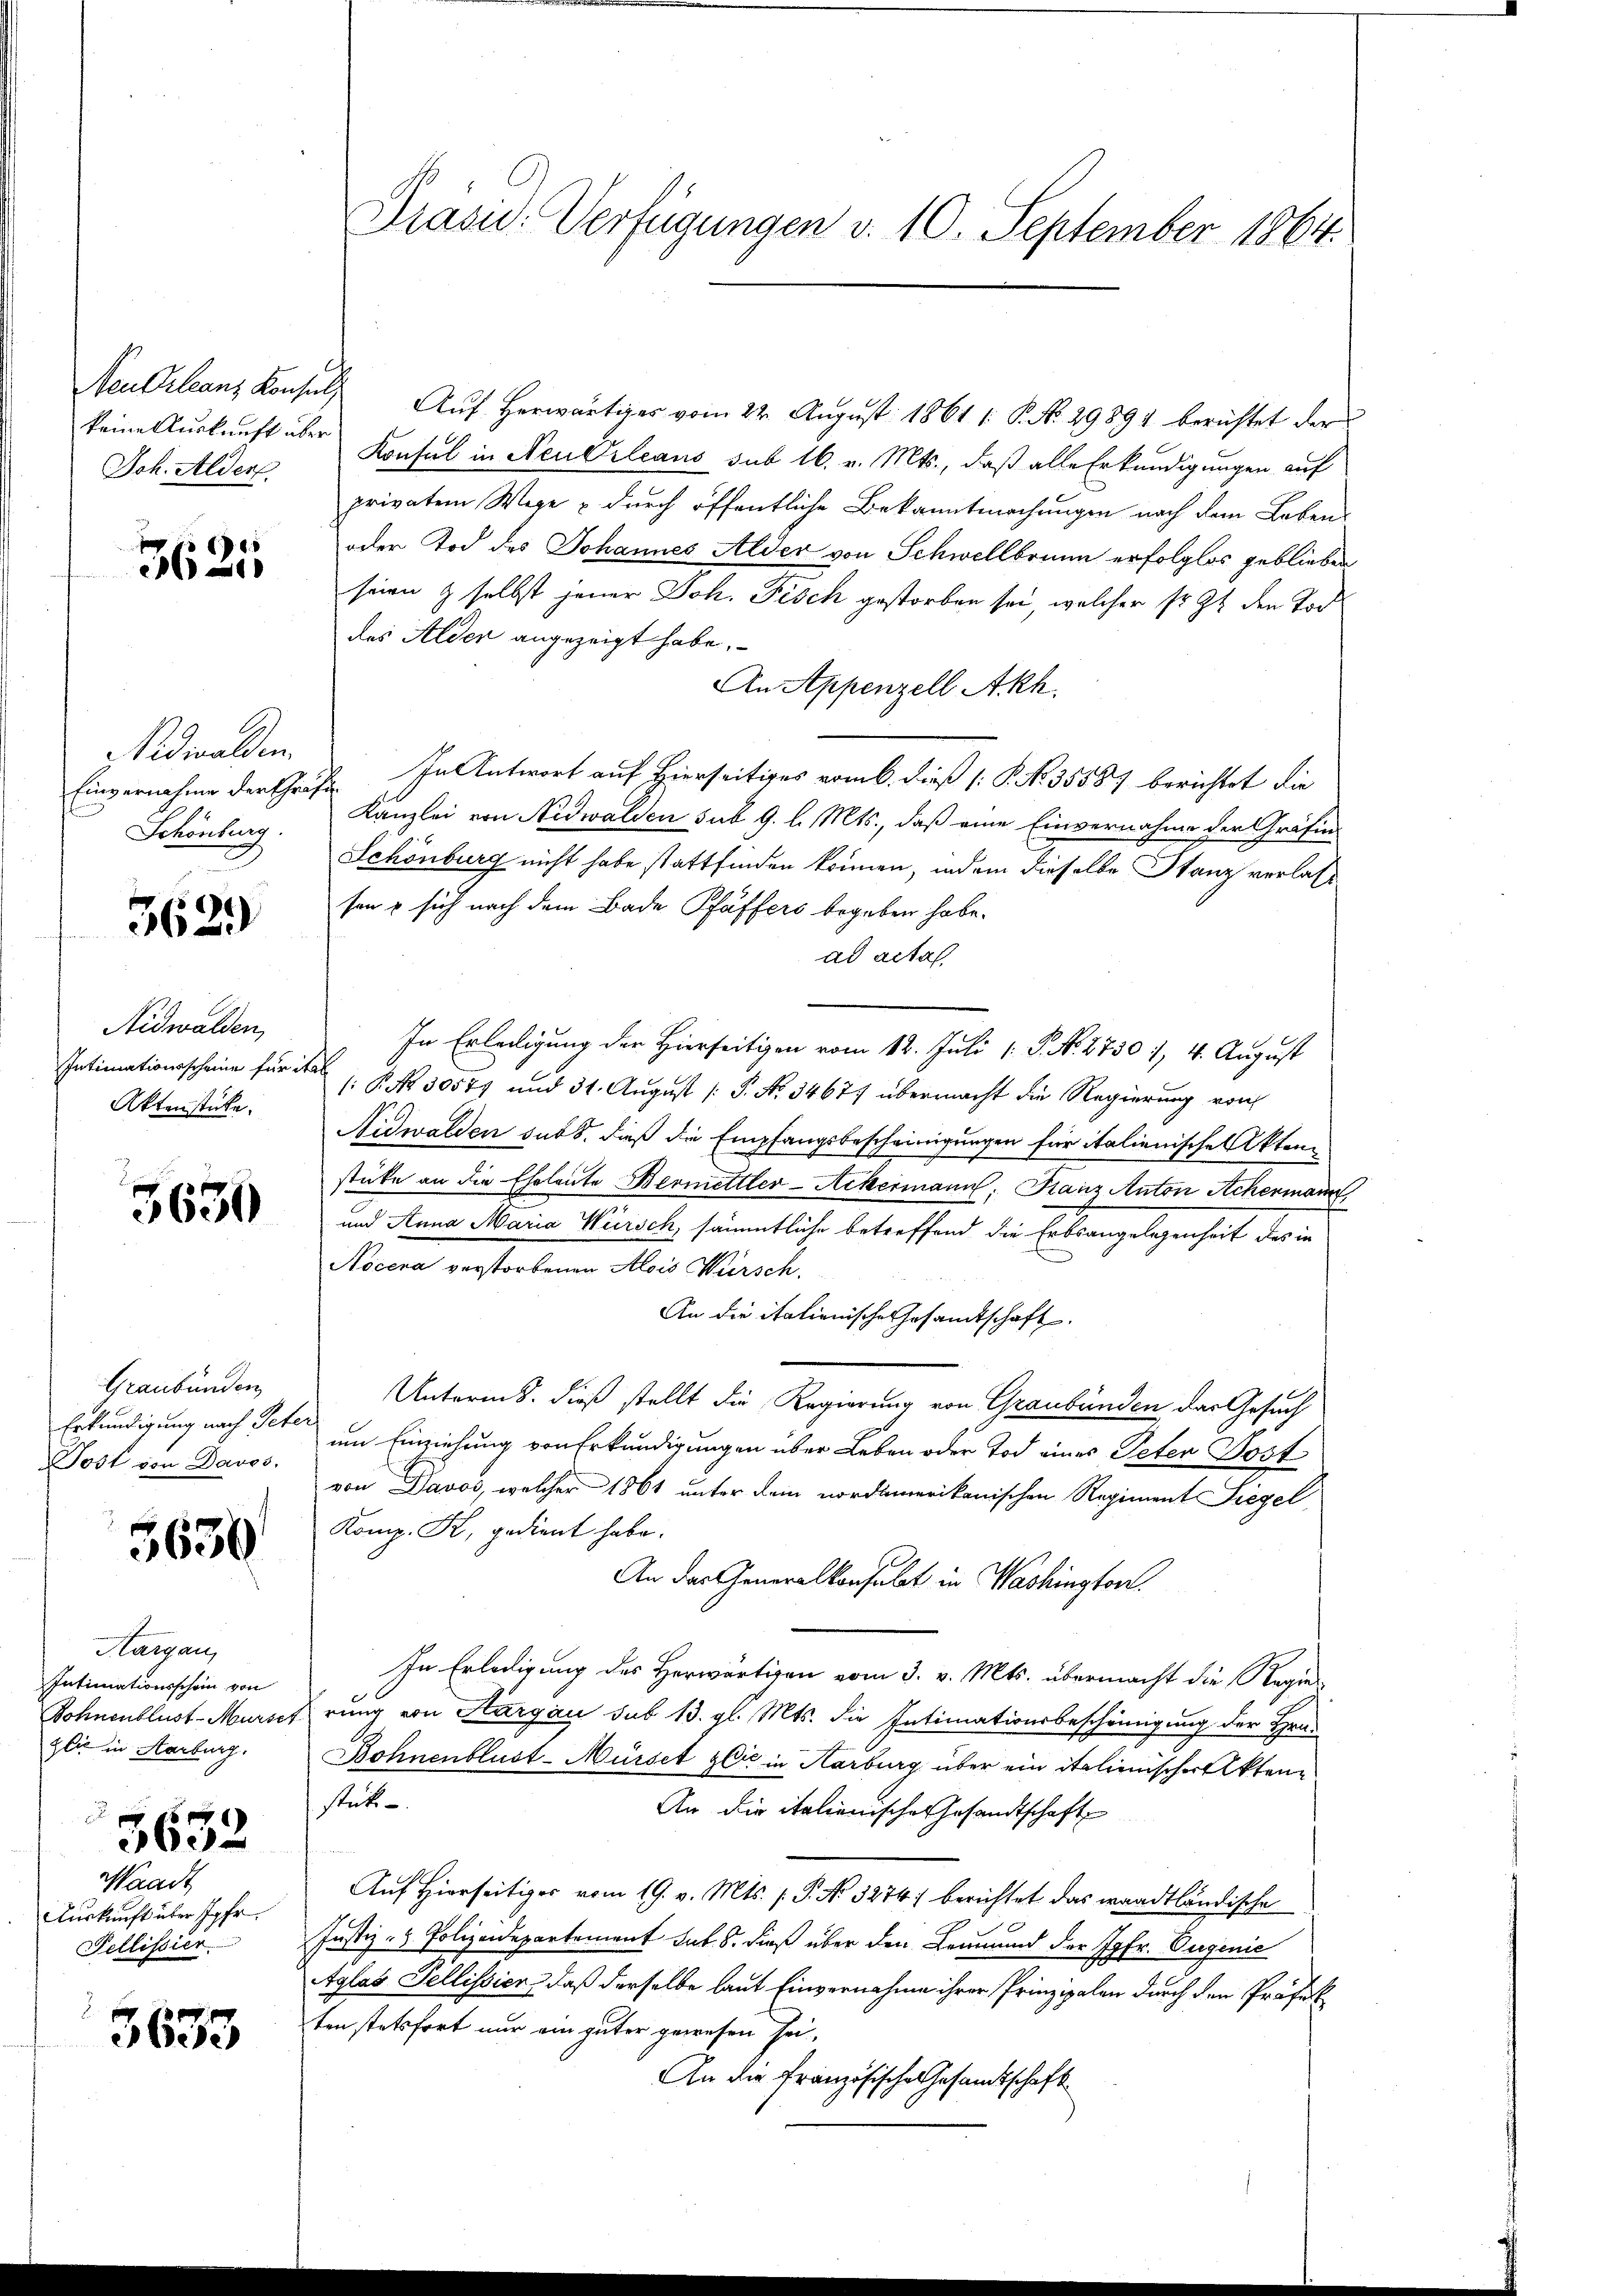
keine Auskunft über
Joh. Alder

3625

Nidwalden.

362.

Nidwalden,
Aktenstücke.

3630

Graubünden
Erkundigung nach Peter
Post von Davos,

5630

Hargau,
Intimationsschein von
gli in Aarburg.
2
 x
3632
Waadt
Auskunft über Jgfr.
Fellissier.

3633

Noulanz Konsul Aŭf herwärtiges vom 22. August 1861 1. P. No. 29894 berichtet der
Konsul in Neuerleans sub 16. v. Mts., daß alle Erkundigungen auf
privatem Wege & durch öffentliche Bekanntmachungen nach dem Leben
oder Tod des Johannes Alder von Schwellbrunn erfolglos geblieben
seien & selbst jener Joh. Fisch gestorben sei, welcher sr. 9 t den Tod
des Alden angezeigt habe.
An Appenzell Akh.
Einvernahme der Groß. In Antwort auf Hierseitiges vom 6. dieß P. No 35587 berichtet die
Schönburg. Kanzlei von Nidwalden sub 9. l. Mts., daß eine Einvernahme der Gräfin-
Schönburg nicht habe stattfinden können, indem dieselbe Stanz verlass
sen & sich nach dem Bade Pfäffers begeben habe.
ad acta,
In Erledigung der Hierseitigen vom 12. Juli 1 S. N. 2730 1, 4. August
Intimationsscheine für P. Nr. 30571 und 31. August /: P. Nr. 34677 übermacht die Regierung von
Nidwalden sub 8. dieß die Empfangsbescheinigungen für italienische Aktenstüke an die Eheleute Bermettler-Ackermann: Franz Anton Achermann,
und Anna Maria Wursch, sämmtliche betreffend die Erbsangelegenheit des in
Nocera verstorbenen Alois Würsch
An die italienische Gesamtschaft
Unterms. dieß stellt die Regierung von Graubünden das Gesuch
um Einziehung von Erkundigungen über Leben oder Tod eines Peter Postvon Davos, welcher 1861 unter kein nordamerikanischen Regiment Siegel
Komp. K. gedient habe.
An das Generalkonsulat in Washington.
In Erledigung des Horwärtigen vom 3. v. Mts. übermacht die Regie¬
Rohnenblust-Murschrung von Hargau sub 13. gl. Mts. die Intimationsbescheinigung der Hrn.
Bohnenblust-Mürsetzlic in Karburg über ein italienischer Aktenstück
An die italienischen Gesandtschaft
Auf Hierseitiges vom 19. v. Mts. f. P. No 3274) berichtet das waadtländische
Justiz- & Polizeidepartement sub. 8. dieß über den Leumund der Jgfr. Eugenie
Aglas Tellissier, daß derselbe laut Einvernahme ihrer Prinzipalen durch den Präfek
tenstetsfort nur ein güter gewesen sei,
An die Französische Gesamtschaft

Präsid. Verfügungen v. 10. September 1864